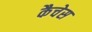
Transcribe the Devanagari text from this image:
कैचेस